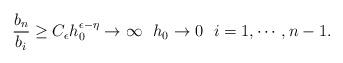
LaTeX: \begin{align*}\frac{b_n}{b_i}\geq C_\epsilon h_0^{\epsilon-\eta} \rightarrow \infty \ \ h_0\rightarrow 0\ \ i=1,\cdots, n-1.\end{align*}